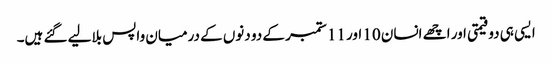
ایسی ہی دو قیمتی اور اچھے انسان 10 اور 11 ستمبر کے دو دنوں کے درمیان واپس بلالیے گئے ہیں۔